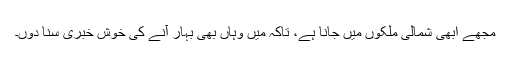
مجھے ابھی شمالی ملکوں میں جانا ہے، تاکہ میں وہاں بھی بہار آنے کی خوش خبری سنا دوں۔